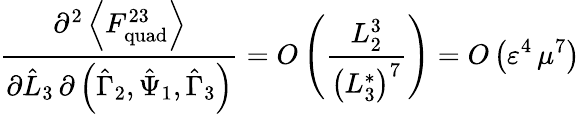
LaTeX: \frac{\partial^{2}\left\langle F_{\mathrm{quad}}^{23}\right\rangle}{\partial\hat{L}_{3}\, \partial\left(\hat{\Gamma}_{2},\hat{\Psi}_{1},\hat{\Gamma}_{3}\right)}=O\left(\frac{L_{2}^{3}}{\left(L_{3}^{*}\right)^{7}}\right)=O\left(\varepsilon^{4}\, \mu^{7}\right)